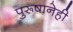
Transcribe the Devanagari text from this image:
पुरूषानेही